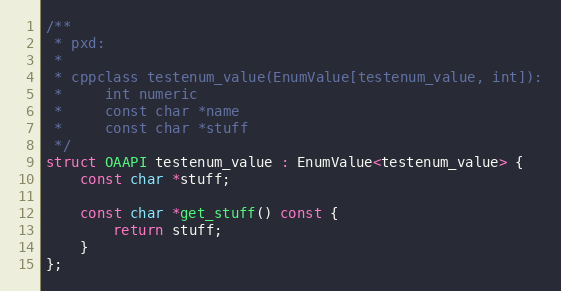
Language: C
/**
 * pxd:
 *
 * cppclass testenum_value(EnumValue[testenum_value, int]):
 *     int numeric
 *     const char *name
 *     const char *stuff
 */
struct OAAPI testenum_value : EnumValue<testenum_value> {
	const char *stuff;

	const char *get_stuff() const {
		return stuff;
	}
};